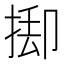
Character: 𢯃